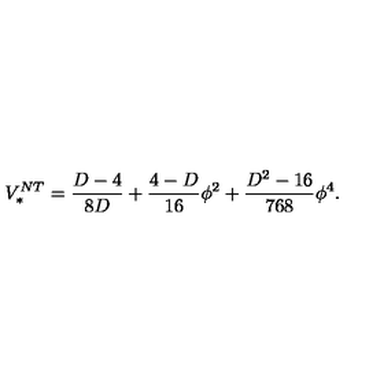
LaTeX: V _ { * } ^ { N T } = \frac { D - 4 } { 8 D } + \frac { 4 - D } { 1 6 } \phi ^ { 2 } + \frac { D ^ { 2 } - 1 6 } { 7 6 8 } \phi ^ { 4 } .